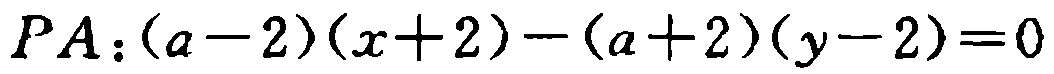
\(PA:(a - 2)(x + 2) - (a + 2)(y - 2) = 0\)